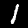
Digit: 1